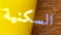
السكنية